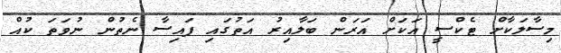
މިސާލަކާށް ޓެކްސީ އަކަށް އަރަން ބަލާއިރު އަތުގައި ފައިސާ ނެތުން ނުވަތަ ކުއް